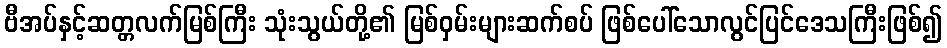
ဗီအပ်နှင့်ဆတ္တလက်မြစ်ကြီး သုံးသွယ်တို့၏ မြစ်ဝှမ်းများဆက်စပ် ဖြစ်ပေါ်သောလွင်ပြင်ဒေသကြီးဖြစ်၍